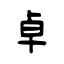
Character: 卓